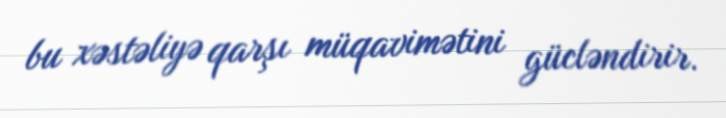
bu xəstəliyə qarşı müqavimətini gücləndirir.